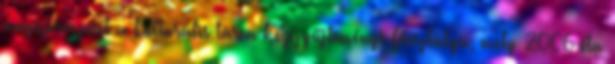
megszervezését a kulturális tárca Közgyűjteményi Főosztálya, mely 2006 óta